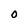
Character: 0